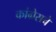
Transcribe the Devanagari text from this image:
कांग्रेसचे